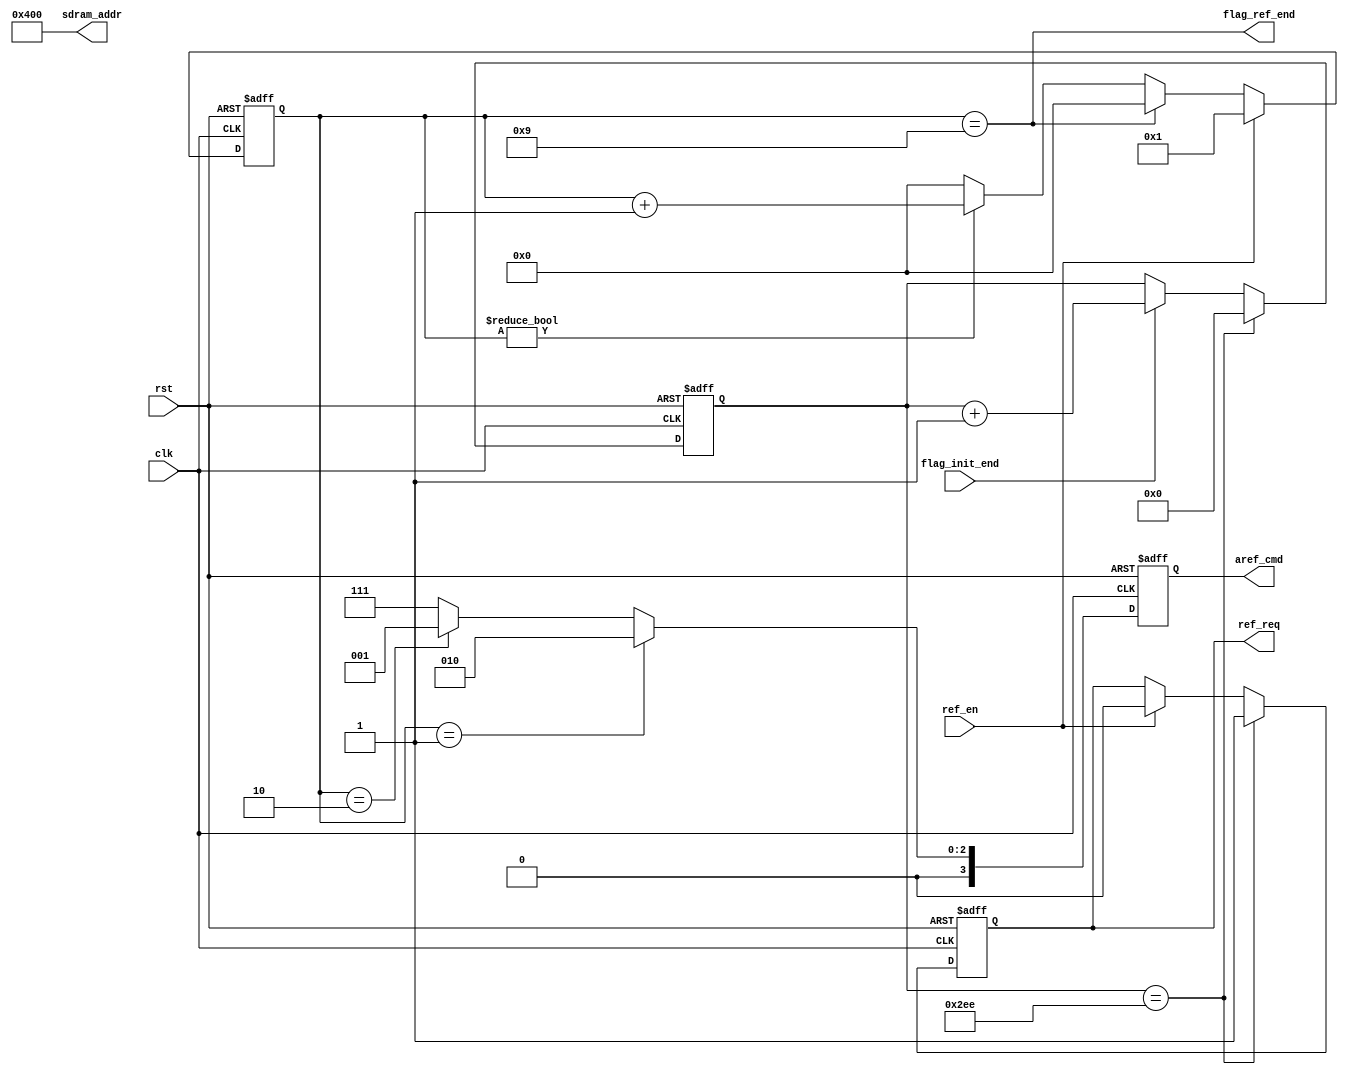
//    64ms refresh 4096 times    so 15.625us fresh one time
//    the cycle is 20ns (50MHZ)  so 750 cycle is enough
module sdram_aref(
    input                   clk,
    input                   rst,
    input                   ref_en,
    input                   flag_init_end,


    output  reg             ref_req,
    output                  flag_ref_end,
    output  reg   [3:0]     aref_cmd,
    output       [11:0]     sdram_addr
);
    reg           [3:0]     cmd_cnt;        
    reg           [9:0]     delay_cnt;
    parameter               DELAY_CYCLE = 750 ;

    // cs ras cas we
    localparam  Precharge = 4'b0010;   
    localparam  AutoFresh = 4'b0001;
    localparam  NOP       = 4'b0111;
    always @(posedge clk or posedge rst) begin
        if (rst) 
            delay_cnt <= 0;
        else if ( delay_cnt == DELAY_CYCLE)
            delay_cnt <= 0;
        else if ( flag_init_end )
            delay_cnt <= delay_cnt + 1;
    end

    always @(posedge clk or posedge rst) begin
        if(rst) 
            ref_req <= 0;
        else if( delay_cnt == DELAY_CYCLE)
            ref_req <= 1;
        else if( ref_en )
            ref_req <= 0;
    end

    always @(posedge clk or posedge rst) begin
        if (rst)
            cmd_cnt <= 0;
        else if (ref_en)
            cmd_cnt <= 1;
        else if ( cmd_cnt == 'd9 )
            cmd_cnt <= 0;
        else if ( cmd_cnt != 0)
            cmd_cnt <= cmd_cnt + 1;
        else
            cmd_cnt <= 0;
    end

    always @(posedge clk or posedge rst) begin
        if ( rst )
            aref_cmd <= NOP;
        else if(cmd_cnt == 'd1)
            aref_cmd <= Precharge;
        else if(cmd_cnt == 'd2)
            aref_cmd <= AutoFresh;
        else
            aref_cmd <= NOP;
    end

    assign sdram_addr = 12'b0100_0000_0000;

    assign flag_ref_end = (cmd_cnt == 'd9) ;
endmodule